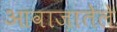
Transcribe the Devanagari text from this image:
आवाज़ातेले